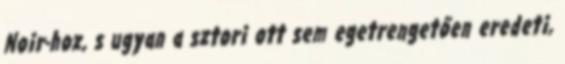
Noir-hoz, s ugyan a sztori ott sem egetrengetően eredeti,